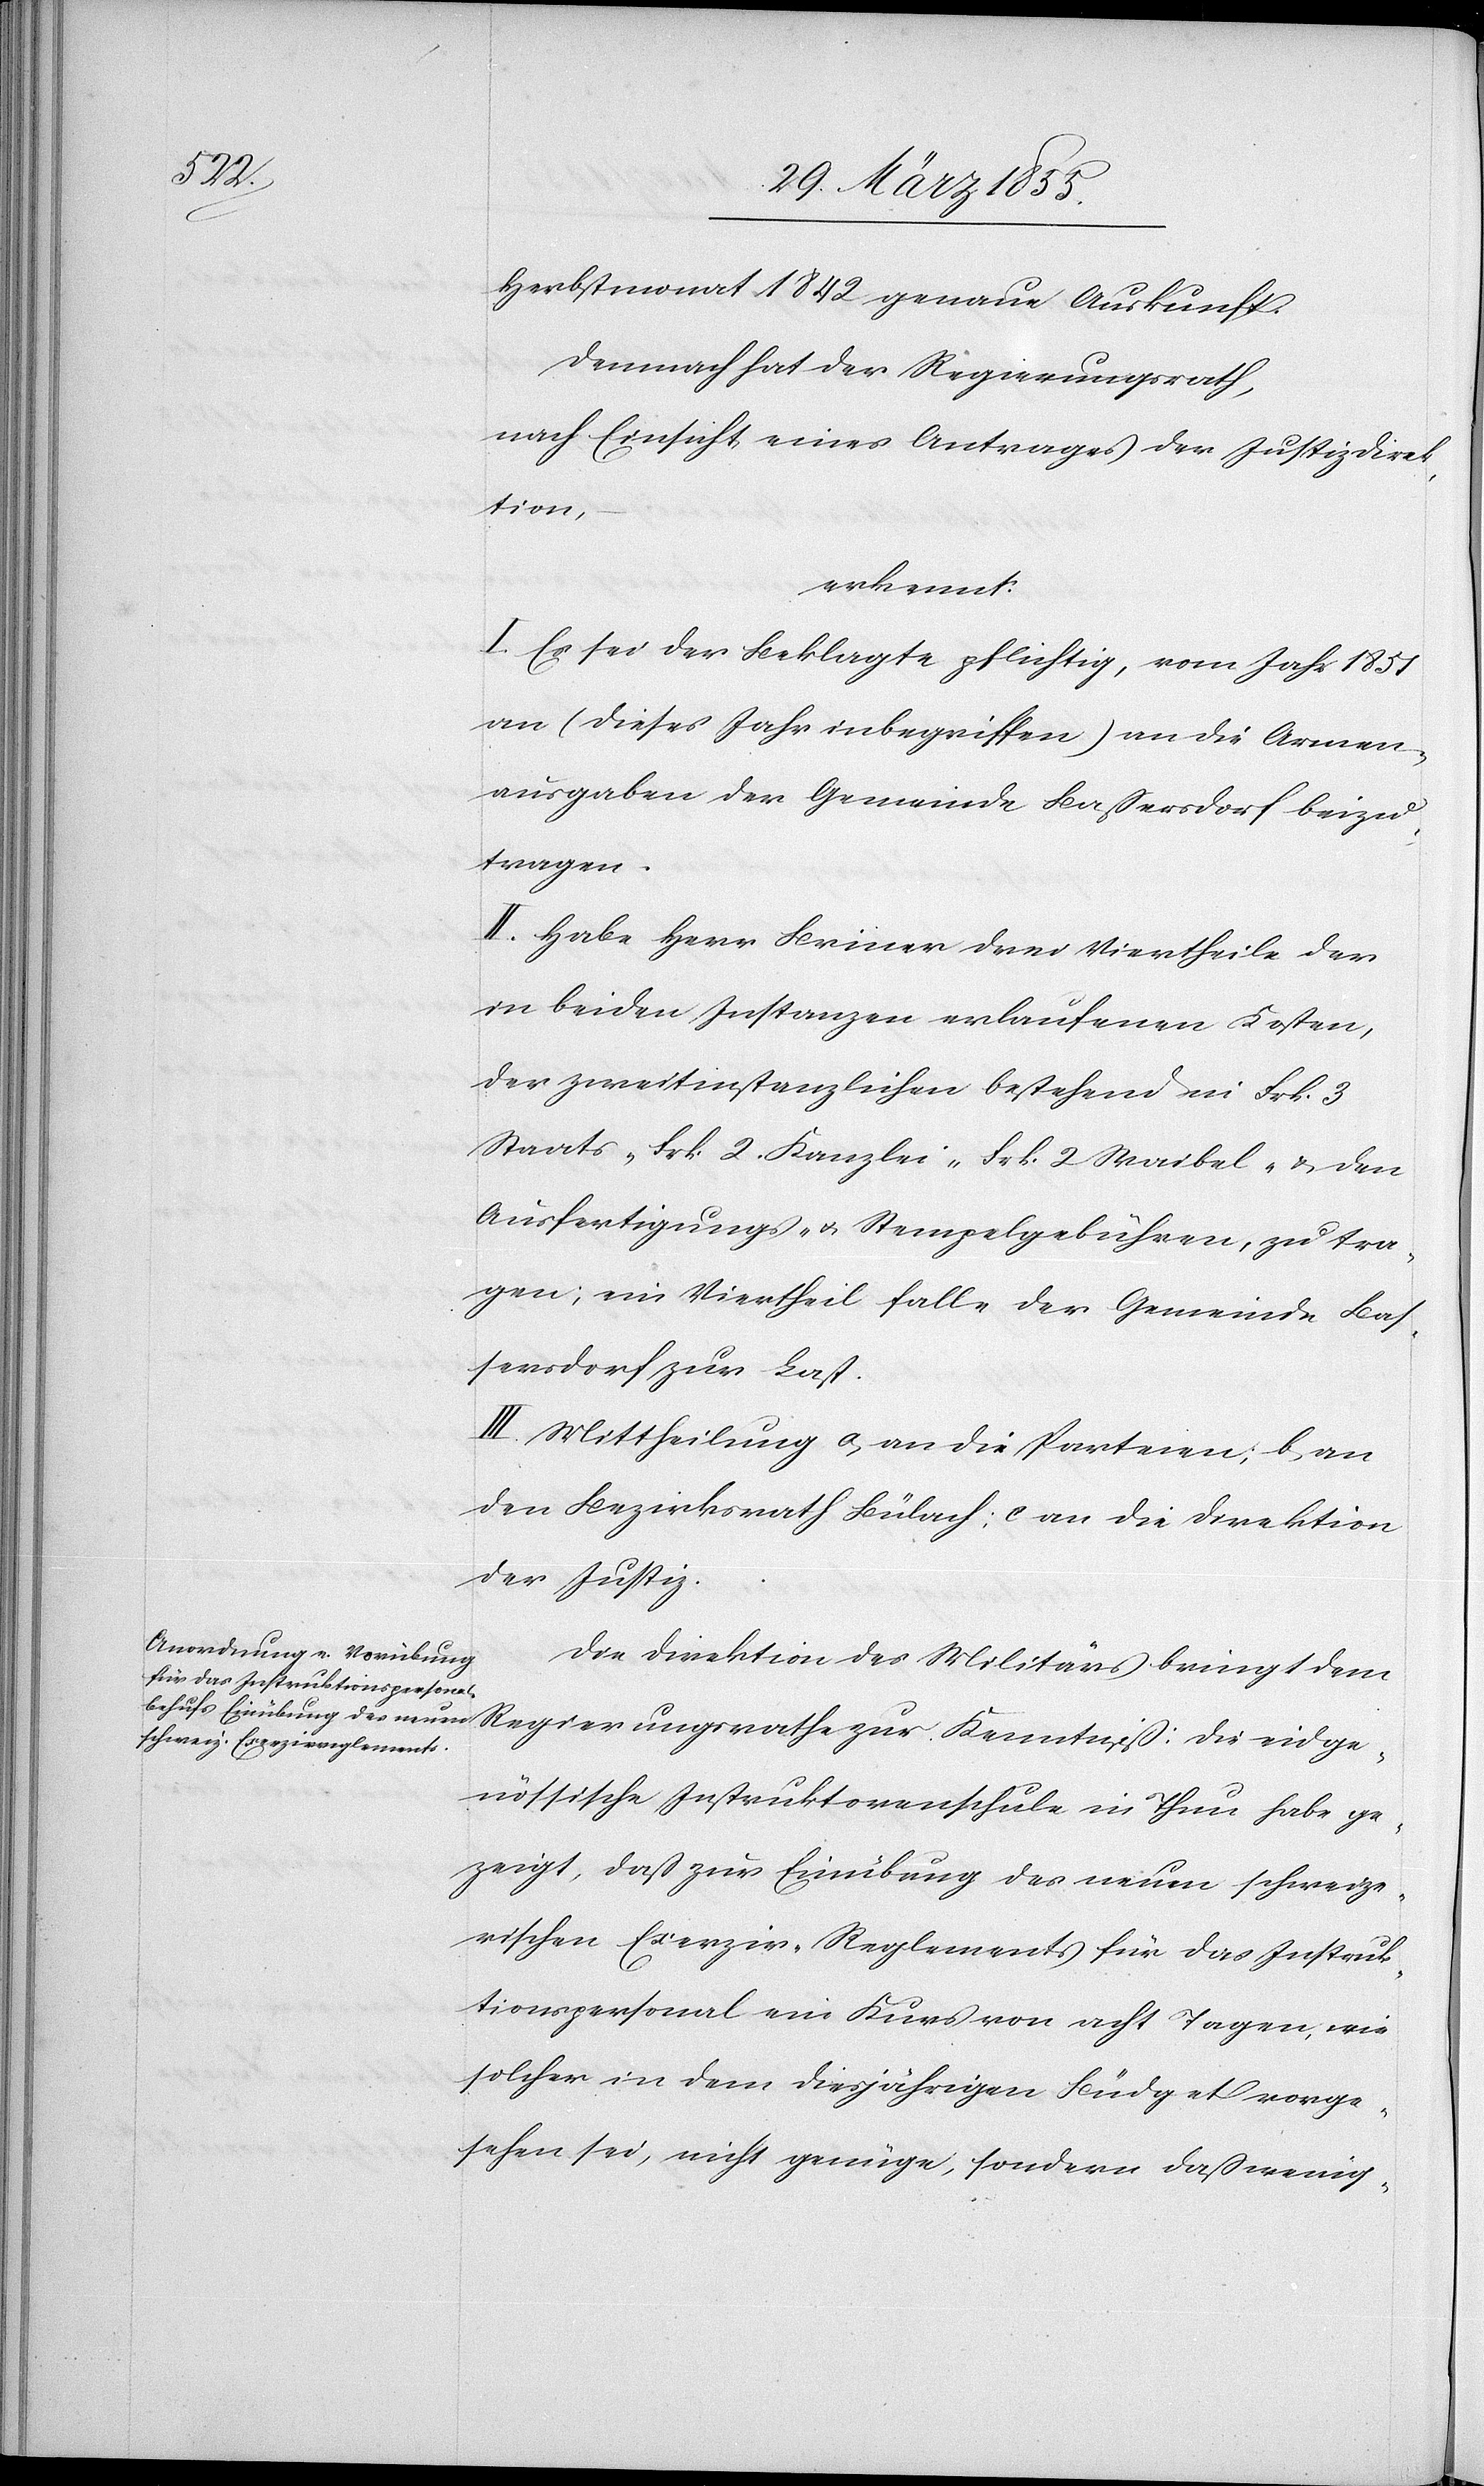
die eidge¬

Herbstmonat 1842 genaue Auskunft.
Demnach hat der Regierungsrath,
nach Einsicht eines Antrages der Justizdirek¬
tion,
erkennt:
I. Es sei der Beklagte pflichtig, vom Jahr 1851
an (dieses Jahr inbegriffen) an die Armen¬
ausgaben der Gemeinde Baßersdorf beizu¬
tragen.
II. Habe Herr Briner drei Viertheile der
in beiden Instanzen erlaufenen Kosten,
der zweitinstanzlichen bestehend in Frk. 3
Staats-[,] Frk. 2. Kanzlei-[,] Frk. 2 Waibel- & den
Ausfertigungs- & Stempelgebühren, zu tra¬
gen; ein Viertheil falle der Gemeinde Bas¬
sersdorf zur Last.
III. Mittheilung a, an die Parteien; b, an
den Bezirksrath Bülach; c an die Direktion
der Justiz.
Die Direktion des Militärs bringt dem
nössische Instruktorenschule in Thun habe ge¬
zeigt, daß zur Einübung des neuen schweize¬
rischen Exerzir-Reglements für das Instruk¬
tionspersonal ein Kurs von acht Tagen, wie
solcher in dem diesjährigen Büdget vorge¬
sehen sei, nicht genüge, sondern daß wenig-